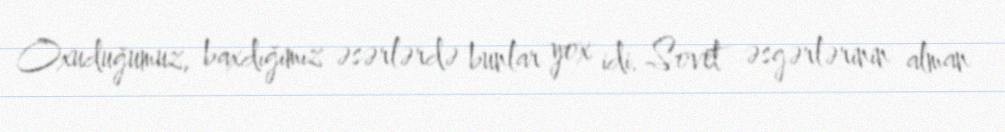
Oxuduğumuz, baxdığımız əsərlərdə bunlar yox idi. Sovet əsgərlərinin alman